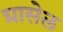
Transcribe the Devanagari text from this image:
ग्रासेल